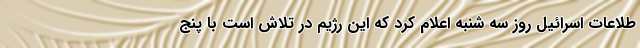
طلاعات اسرائیل روز سه شنبه اعلام کرد که این رژیم در تلاش است با پنج